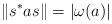
LaTeX: \begin{align*}\|s^* a s\|=|\omega(a)|\end{align*}